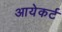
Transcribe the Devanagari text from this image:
आयेकर्ट